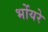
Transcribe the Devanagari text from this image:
भोंयरे